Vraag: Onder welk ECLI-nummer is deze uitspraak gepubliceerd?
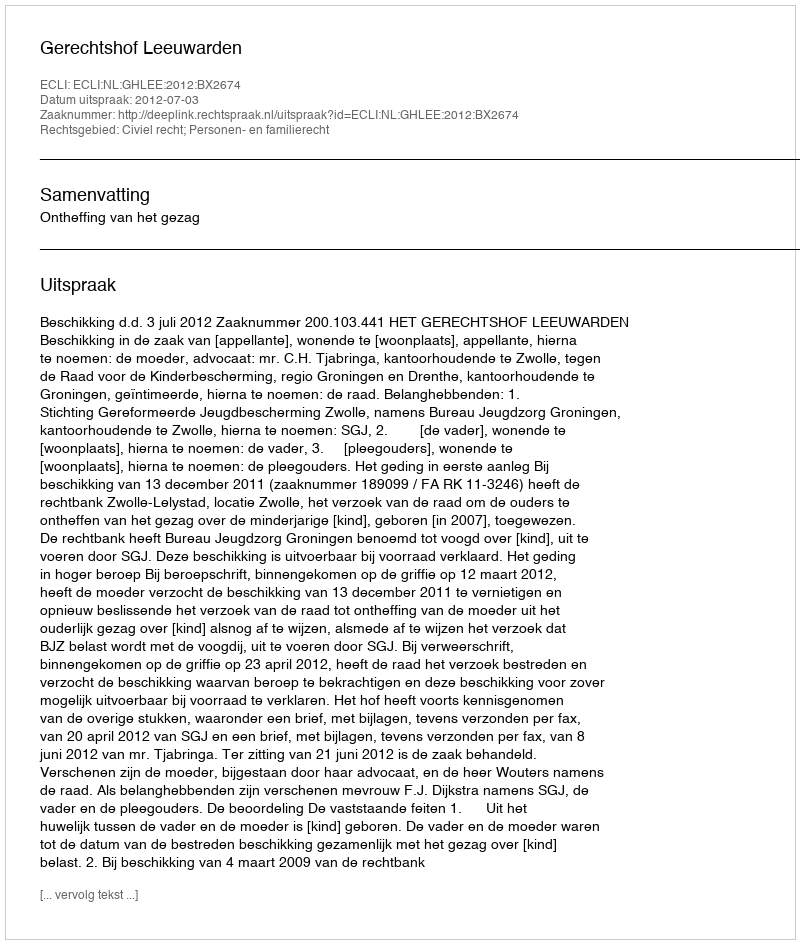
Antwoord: ECLI:NL:GHLEE:2012:BX2674